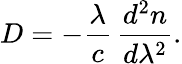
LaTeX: D=-{\frac{\lambda}{c}}\, {\frac{d^{2}n}{d\lambda^{2}}}.